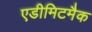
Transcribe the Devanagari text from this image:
एडीमिटमैक